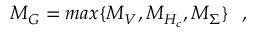
M _ { G } = m a x \{ M _ { V } , M _ { H _ { c } } , M _ { \Sigma } \} \, \, \, \, ,